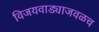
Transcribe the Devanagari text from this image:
विजयवाड्याजवळच